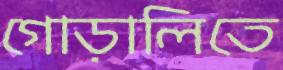
গোড়ালিতে